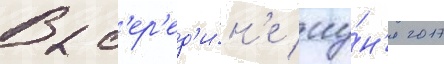
В с'ер'ед'и́н'е иу́н'я 2017